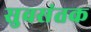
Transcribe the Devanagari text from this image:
सुवसंतक